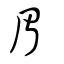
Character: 眉